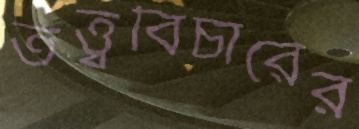
তত্ত্ববিচারের